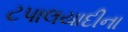
ટપાલયાદીના